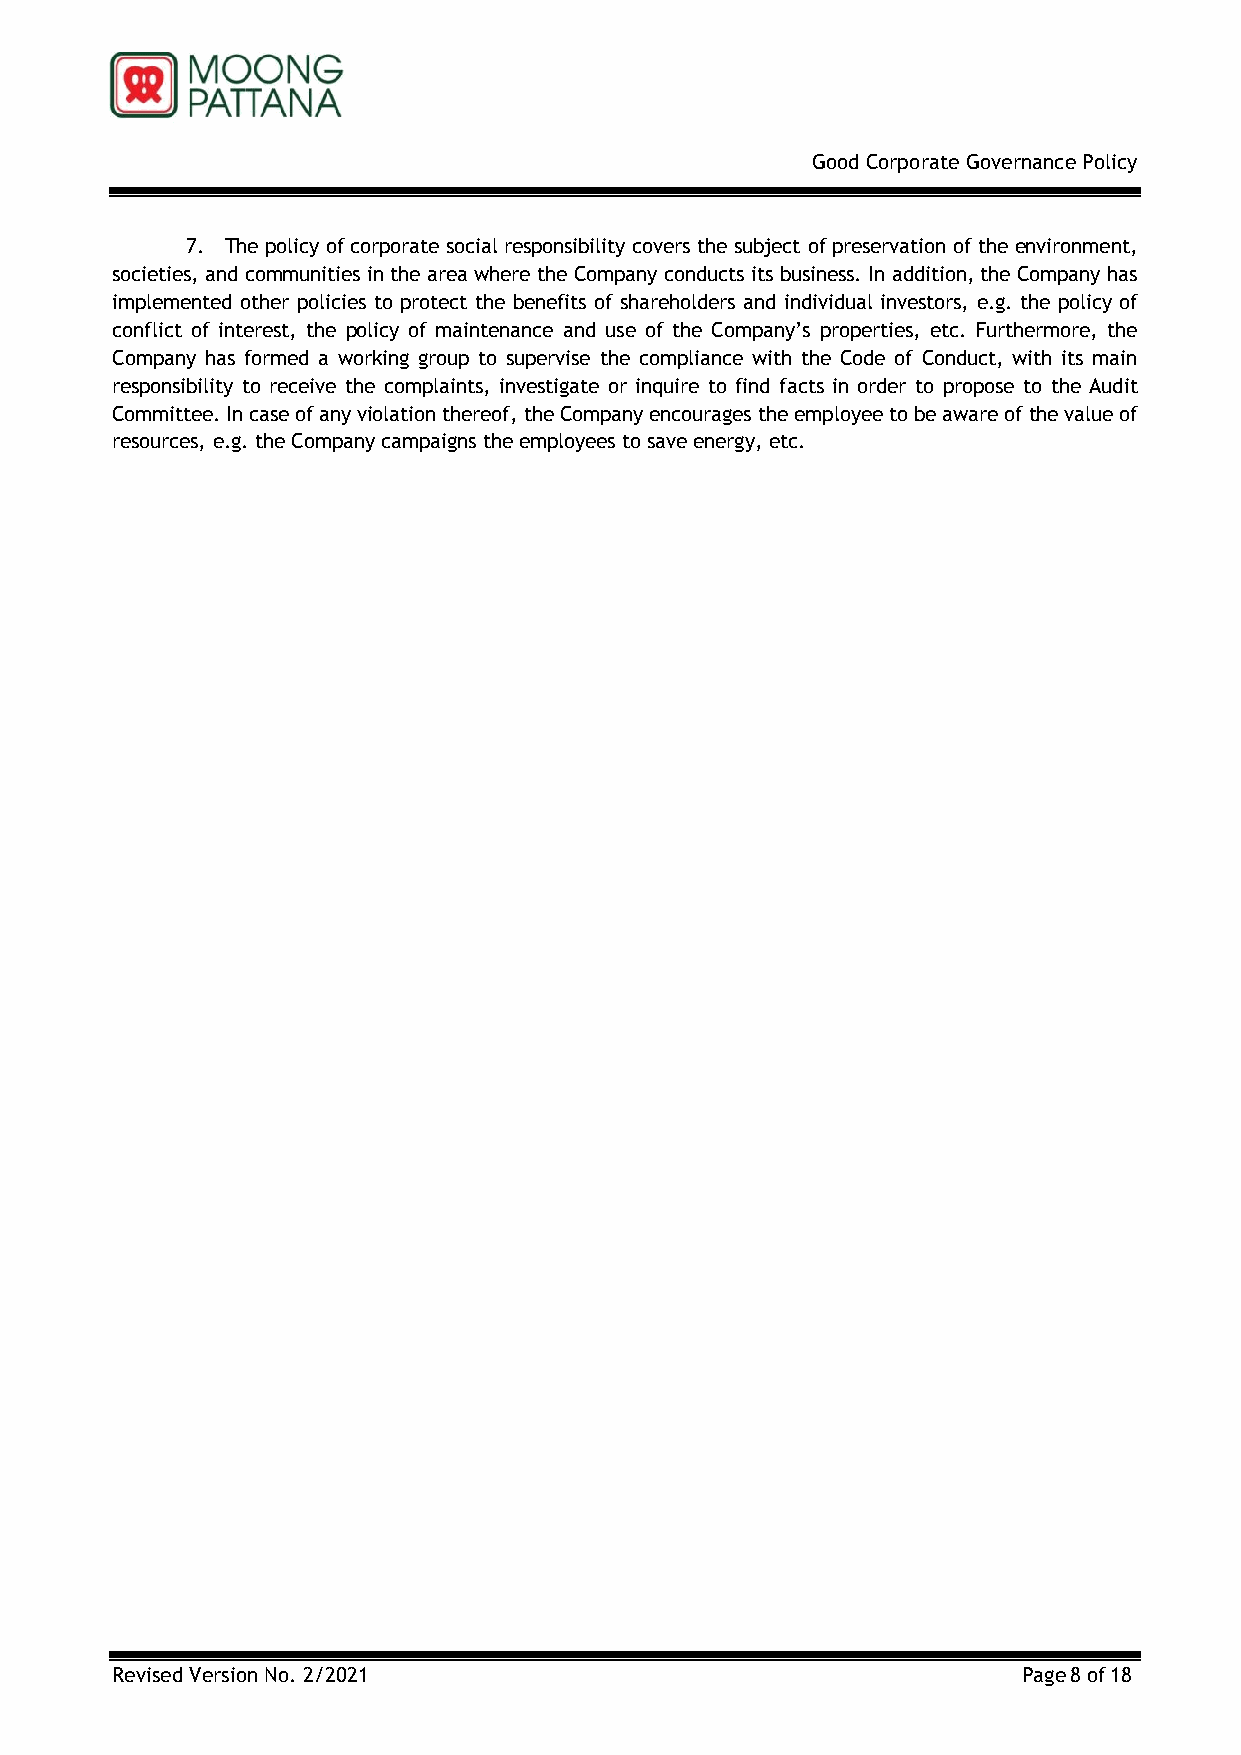
Good Corporate Governance Policy
 7. The policy of corporate social responsibility covers the subject of preservation of the environment,
 societies, and communities in the area where the Company conducts its business. In addition, the Company has
 implemented other policies to protect the benefits of shareholders and individual investors, e.g. the policy of
 conflict of interest, the policy of maintenance and use of the Company’s properties, etc. Furthermore, the
 Company has formed a working group to supervise the compliance with the Code of Conduct, with its main
 responsibility to receive the complaints, investigate or inquire to find facts in order to propose to the Audit
 Committee. In case of any violation thereof, the Company encourages the employee to be aware of the value of
 resources, e.g. the Company campaigns the employees to save energy, etc.
 Revised Version No. 2/2021                                   Page 8 of 18